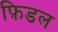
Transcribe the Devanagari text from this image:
फ़िडल